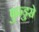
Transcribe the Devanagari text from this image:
फुन्डुरो